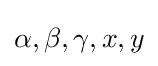
\alpha ,\beta ,\gamma ,x,y